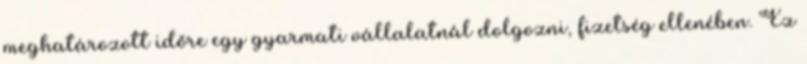
meghatározott időre egy gyarmati vállalatnál dolgozni, fizetség ellenében. Ez